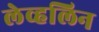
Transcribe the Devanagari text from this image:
लेव्हलिन